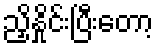
ညှိနှိုင်းပြီးတော့